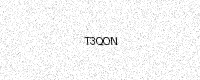
Text: T3QON